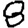
Digit: 8